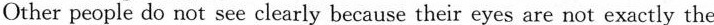
Other people do not see clearly because their eyes are not exactly the